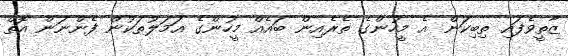
ޒާތީވެފައި ތިބިކަން އެ މީހުންގެ ތެރެއިން ބައެއް މީހުންގެ އަމަލުތަކުން ފެންނަން އޮތް